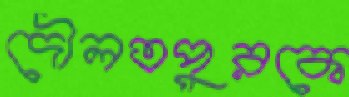
দৌলতপুরকে